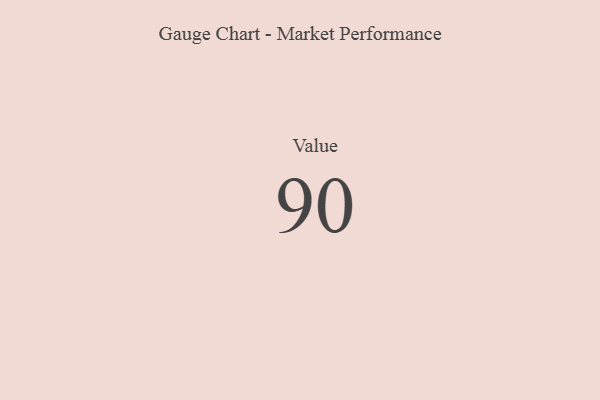
{"axis": {"x": "Metric", "y": "Value"}, "legend": [""], "data": [{"x": "Value", "y": 90, "type": ""}]}